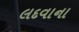
લદવાના